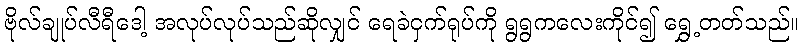
ဗိုလ်ချုပ်လီရီဒေါ့ အလုပ်လုပ်သည်ဆိုလျှင် ရေခဲငှက်ရုပ်ကို ရွရွကလေးကိုင်၍ ရွှေ့တတ်သည်။